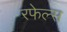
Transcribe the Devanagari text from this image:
रफेल्स